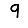
Digit: 9